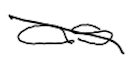
Text: as
Cross-out: diagonal
Writing tool: digital_black